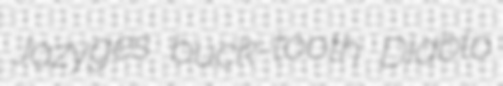
Jazyges buck-tooth Diablo